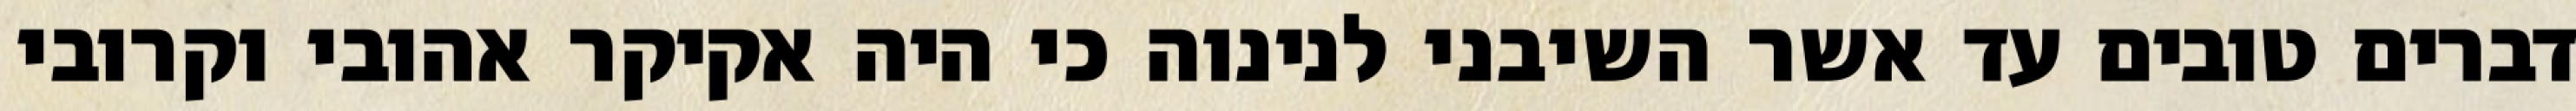
דברים טובים עד אשר השיבני לנינוה כי היה אקיקר אהובי וקרובי